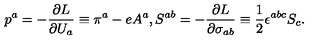
p ^ { a } = - { \frac { \partial L } { \partial U _ { a } } } \equiv \pi ^ { a } - e A ^ { a } , S ^ { a b } = - { \frac { \partial L } { \partial \sigma _ { a b } } } \equiv { \frac { 1 } { 2 } } \epsilon ^ { a b c } S _ { c } .